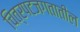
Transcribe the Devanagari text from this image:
चित्रपटजगतातील